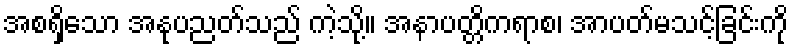
အစရှိသော အနုပညတ်သည် ကဲ့သို့။ အနာပတ္တိကရာစ၊ အာပတ်မသင့်ခြင်းကို